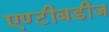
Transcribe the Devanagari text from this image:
एण्टीबडीज